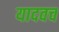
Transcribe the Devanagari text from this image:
यादवच